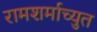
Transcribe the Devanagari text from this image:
रामशर्माच्युत